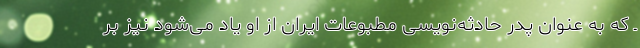
ـ که به عنوان پدر حادثه‌نویسی مطبوعات ایران از او یاد می‌شود نیز بر